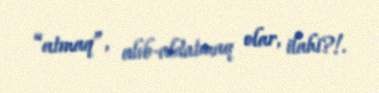
“atmaq”, alıb-aldatmaq olar, ilahi?!.